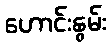
ဟောင်းနွမ်း